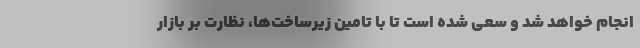
انجام خواهد شد و سعی شده است تا با تامین زیرساخت‌ها، نظارت بر بازار